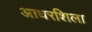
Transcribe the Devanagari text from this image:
आधरशिला